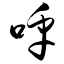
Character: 呼